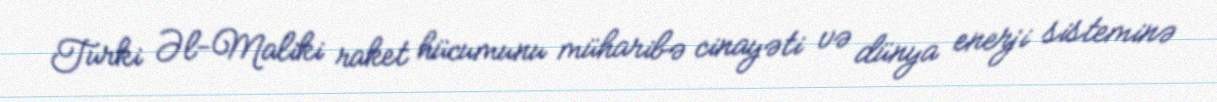
Turki Əl-Maliki raket hücumunu müharibə cinayəti və dünya enerji sisteminə